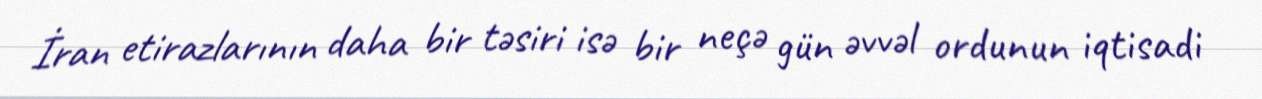
İran etirazlarının daha bir təsiri isə bir neçə gün əvvəl ordunun iqtisadi